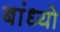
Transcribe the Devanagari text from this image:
बांध्‍यो